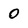
Character: O